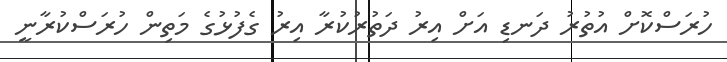
ހުރަސްކޮށް އުތުރު ދަނޑި އަށް އިރު ދަތުރުކުރާ އިރު ގެފުޅުގެ މަތިން ހުރަސްކުރާނީ